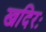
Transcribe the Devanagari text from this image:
खदिरः